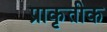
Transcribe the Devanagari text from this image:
प्राकृतीक